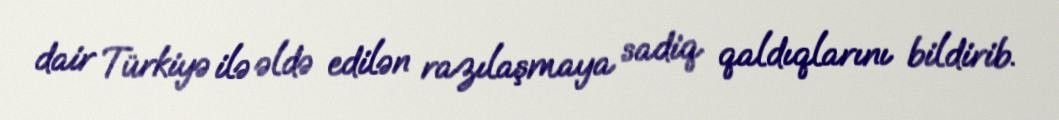
dair Türkiyə ilə əldə edilən razılaşmaya sadiq qaldıqlarını bildirib.